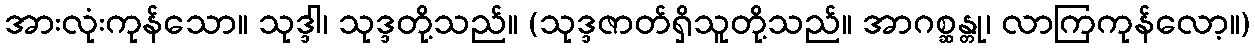
အားလုံးကုန်သော။ သုဒ္ဒါ၊ သုဒ္ဒတို့သည်။ (သုဒ္ဒဇာတ်ရှိသူတို့သည်။ အာဂစ္ဆန္တု၊ လာကြကုန်လော့။)